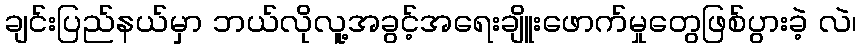
ချင်းပြည်နယ်မှာ ဘယ်လိုလူ့အခွင့်အရေးချိူးဖောက်မှုတွေဖြစ်ပွားခဲ့ လဲ၊